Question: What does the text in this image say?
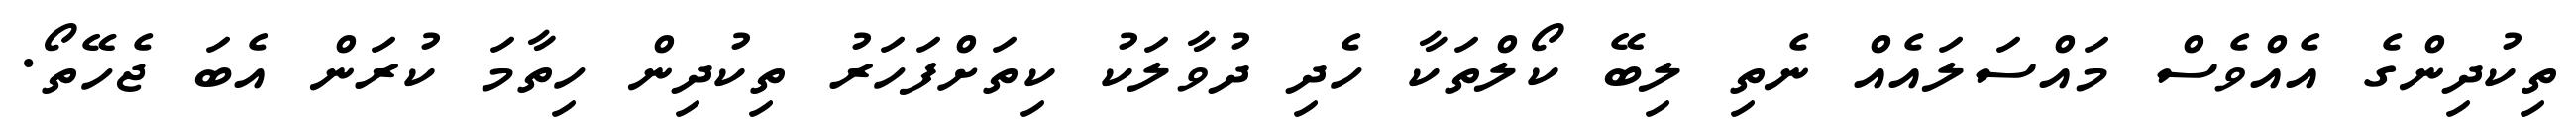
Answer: ތިކުދިންގެ އެއްވެސް މައްސަލައެއް ނެތި ލިބޭ ކޯލްތަކާ ހެދި ދުވާލަކު ކިތަށްފަހަރު ތިކުދިން ހިތާމަ ކުރަން އެބަ ޖެހޭތޯ.